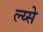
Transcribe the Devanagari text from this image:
ल्य्से